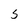
Character: 5